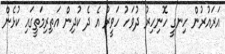
އަރައުރުން ހިނގީ ހޮނިހިރު ދުވަހު ހަވީރު އެ ދެ ކުދިން އަތިރިމަތީގައި ކުޅެން